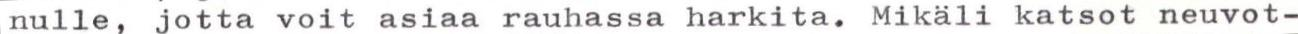
nulle, jotta voit asiaa rauhassa harkita. Mikäli katsot neuvot-